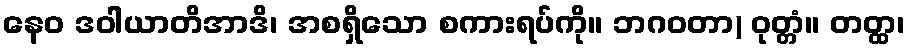
နေဝ ဒဝါယာတိအာဒိ၊ အစရှိသော စကားရပ်ကို။ ဘဂဝတာ) ဝုတ္တံ။ တတ္ထ၊